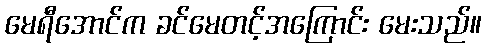
မေရီအောင်က ခင်မေတင့်အကြောင်း မေးသည်။